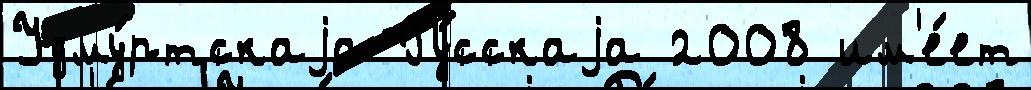
Удму́ртскаjа Ру́сскаjа 2008 им'е́ет